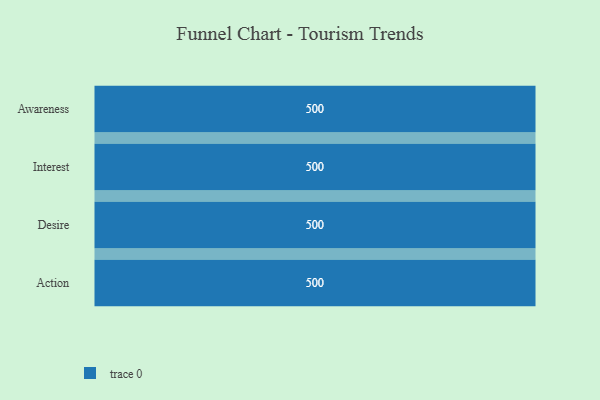
{"axis": {"x": "Stage", "y": "Value"}, "legend": [""], "data": [{"x": "Awareness", "y": 500, "type": ""}, {"x": "Interest", "y": 500, "type": ""}, {"x": "Desire", "y": 500, "type": ""}, {"x": "Action", "y": 500, "type": ""}]}